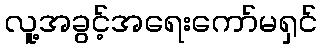
လူ့အခွင့်အရေးကော်မရှင်